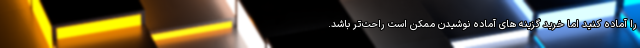
را آماده کنید اما خرید گزینه های آماده نوشیدن ممکن است راحت‌تر باشد.